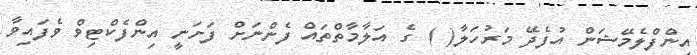
އިންފްލެމޭޝަން އުފެދޭ މަރުހަލާ( ) ގެ އަލާމާތްތައް ފެންނަށް ފަށަނީ އިންފެކްޓިވް ވެފައިވާ